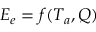
E _ { e } = f ( T _ { a } , Q )